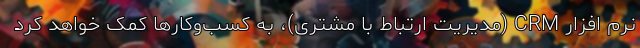
نرم افزار CRM (مدیریت ارتباط با مشتری)، به کسب‌وکارها کمک خواهد کرد